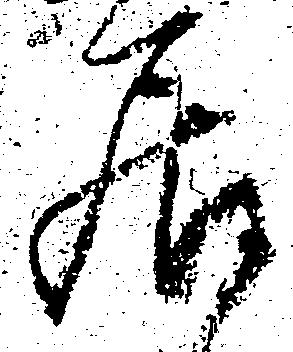
居